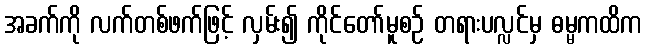
အခက်ကို လက်တစ်ဖက်ဖြင့် လှမ်း၍ ကိုင်တော်မူစဉ် တရားပလ္လင်မှ ဓမ္မကထိက